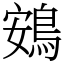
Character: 鴳